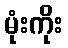
မုံးကိုး